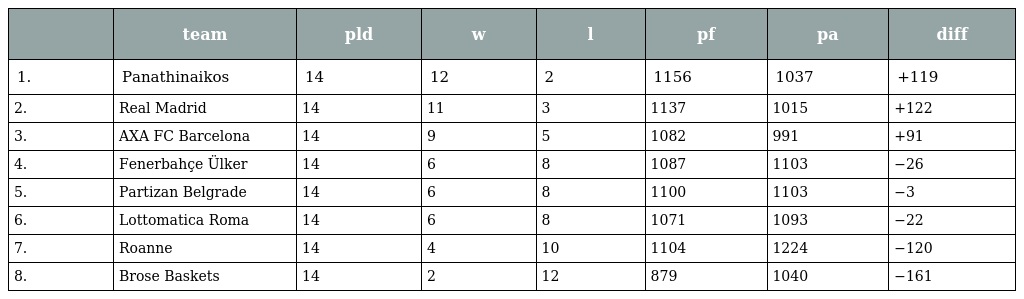
|  | team | pld | w | l | pf | pa | diff |
 | --- | --- | --- | --- | --- | --- | --- | --- |
 | 1. | Panathinaikos | 14 | 12 | 2 | 1156 | 1037 | +119 |
 | 2. | Real Madrid | 14 | 11 | 3 | 1137 | 1015 | +122 |
 | 3. | AXA FC Barcelona | 14 | 9 | 5 | 1082 | 991 | +91 |
 | 4. | Fenerbahçe Ülker | 14 | 6 | 8 | 1087 | 1103 | −26 |
 | 5. | Partizan Belgrade | 14 | 6 | 8 | 1100 | 1103 | −3 |
 | 6. | Lottomatica Roma | 14 | 6 | 8 | 1071 | 1093 | −22 |
 | 7. | Roanne | 14 | 4 | 10 | 1104 | 1224 | −120 |
 | 8. | Brose Baskets | 14 | 2 | 12 | 879 | 1040 | −161 |